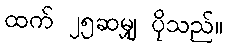
ထက် ၂၅ဆမျှ ပိုသည်။